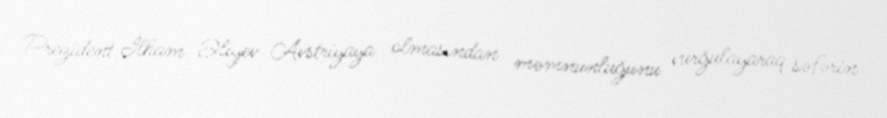
Prezident İlham Əliyev Avstriyaya olmasından məmnunluğunu vurğulayaraq səfərin